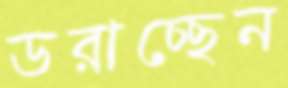
ডরাচ্ছেন